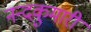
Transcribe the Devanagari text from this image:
नन्दकुमारी